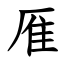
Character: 㕍